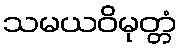
သမယဝိမုတ္တံ